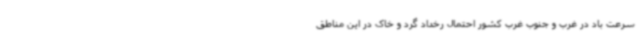
سرعت باد در غرب و جنوب غرب کشور احتمال رخداد گرد و خاک در این مناطق